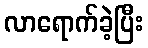
လာရောက်ခဲ့ပြီး